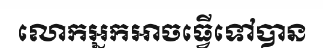
លោកអ្នកអាចធ្វើទៅបាន